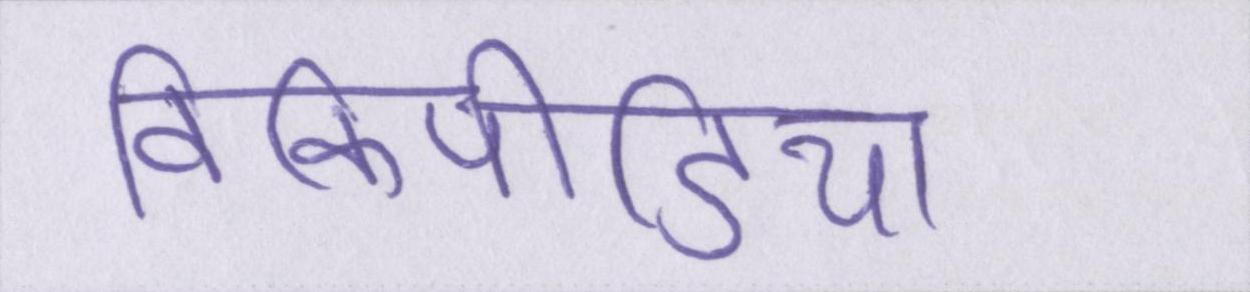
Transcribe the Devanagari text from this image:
विकिपीडिया